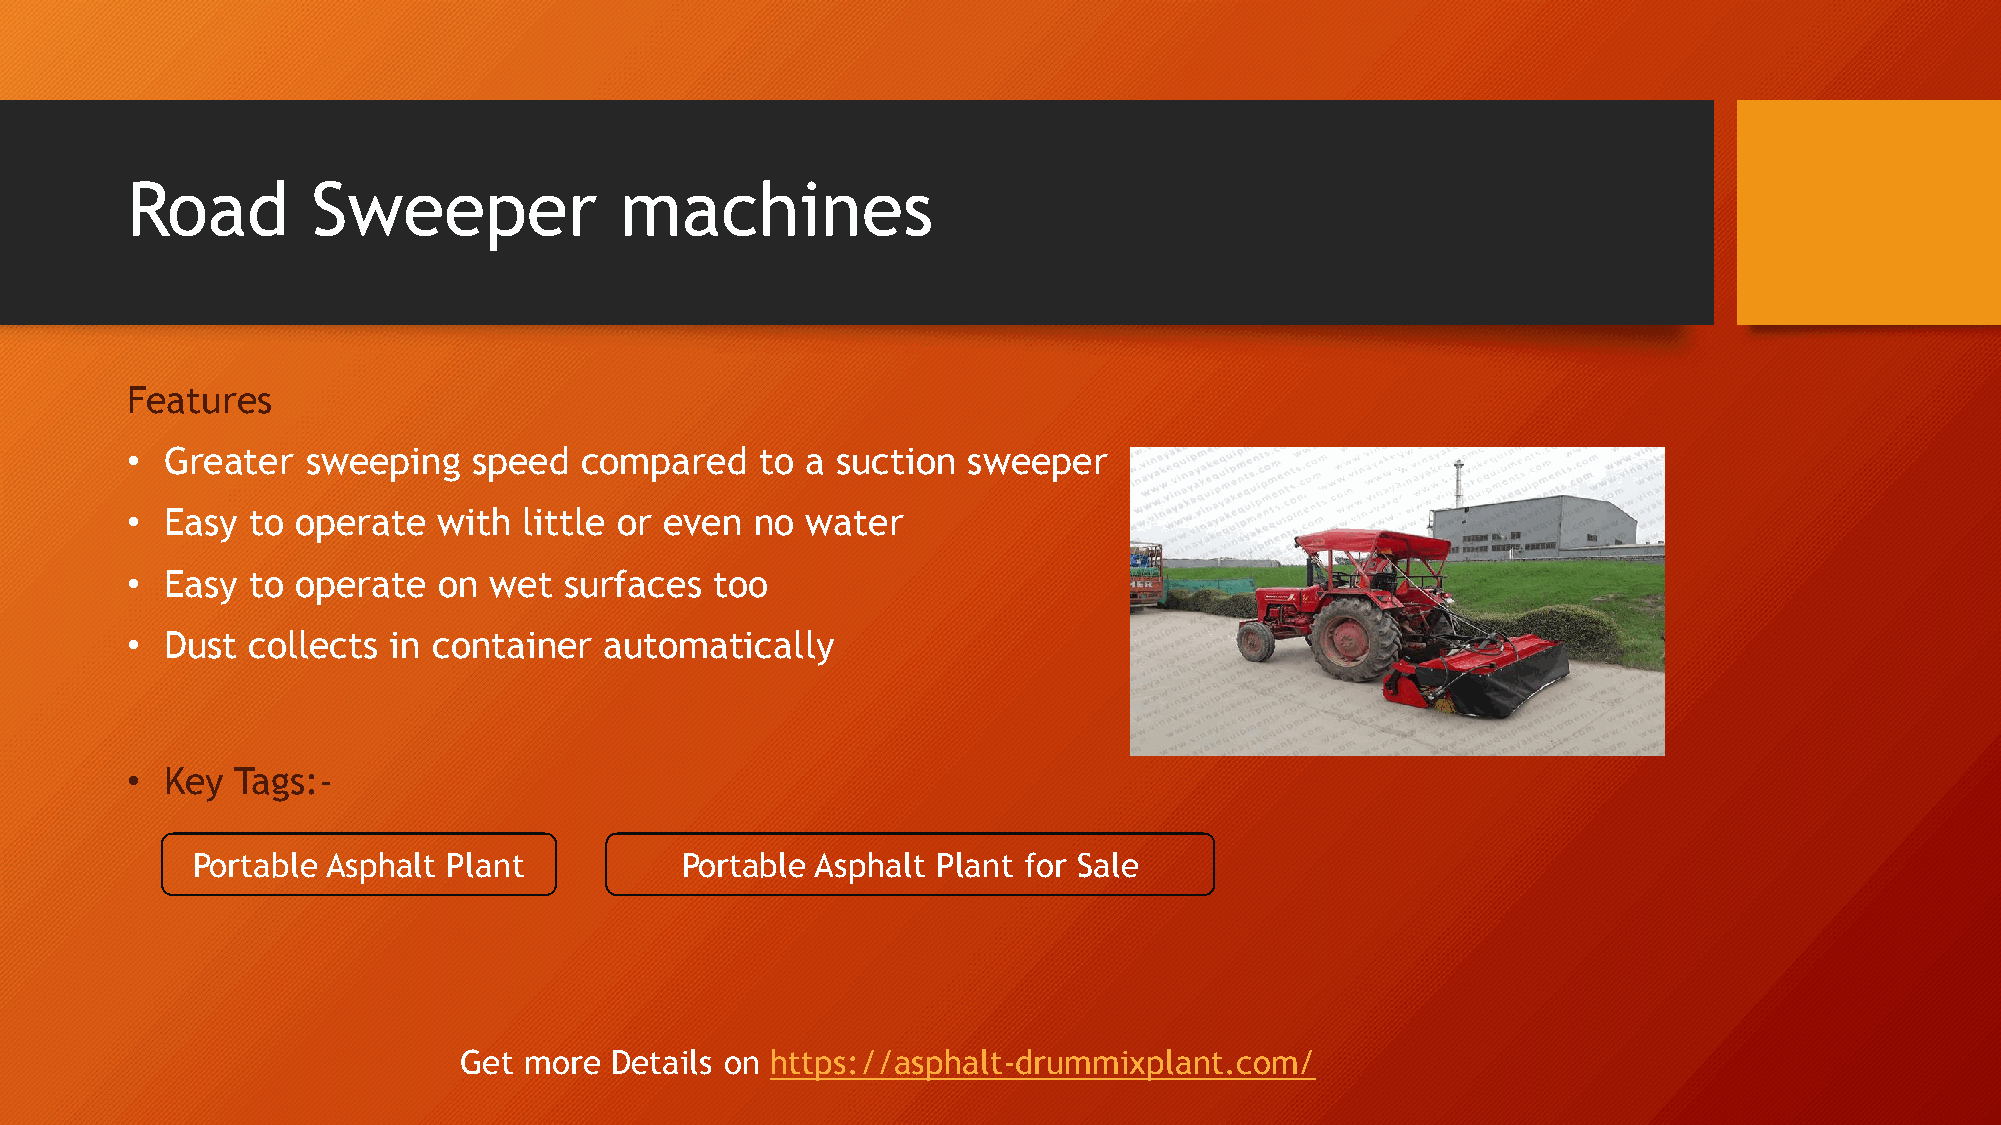
Road         Sweeper             machines
 Features
 •  Greater  sweeping   speed  compared    to a suction  sweeper
 •  Easy to  operate  with  little or even no water
 •  Easy to  operate  on wet  surfaces  too
 •  Dust collects  in container  automatically
 •  Key  Tags:-
 Portable Asphalt Plant          Portable Asphalt Plant for Sale
 Get  more Details on https://asphalt-drummixplant.com/